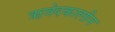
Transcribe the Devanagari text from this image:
ऋवेदकालीन